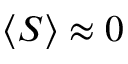
\langle S \rangle \approx 0